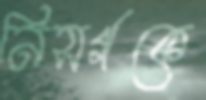
নিসর্গকে